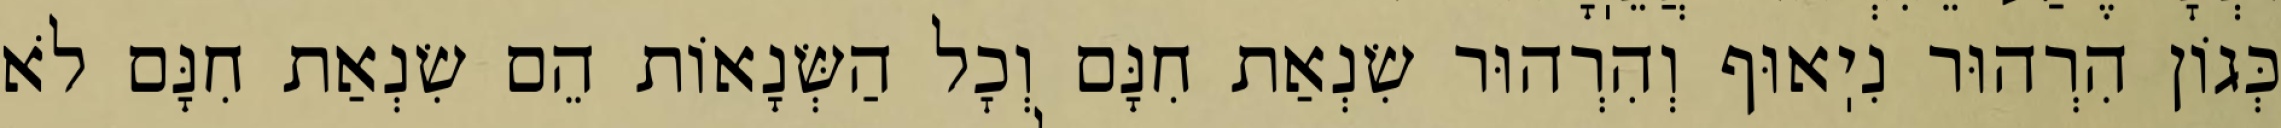
כְּגוֹן הִרְהוּר נִיֽאוּף וְהִרְהוּר שִׂנְאַת חִנָּם וְכׇל הַשְּׂנָאוֹת הֵם שִׂנְאַת חִנָּם לֹא